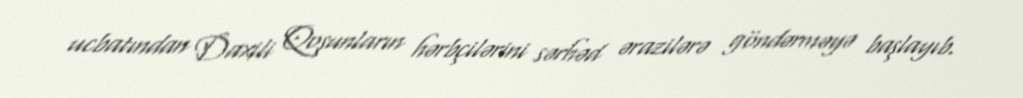
ucbatından Daxili Qoşunların hərbçilərini sərhəd ərazilərə göndərməyə başlayıb.